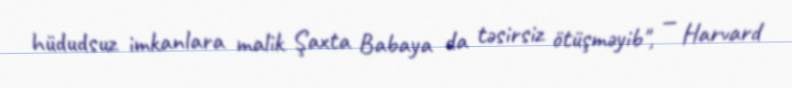
hüdudsuz imkanlara malik Şaxta Babaya da təsirsiz ötüşməyib", — Harvard